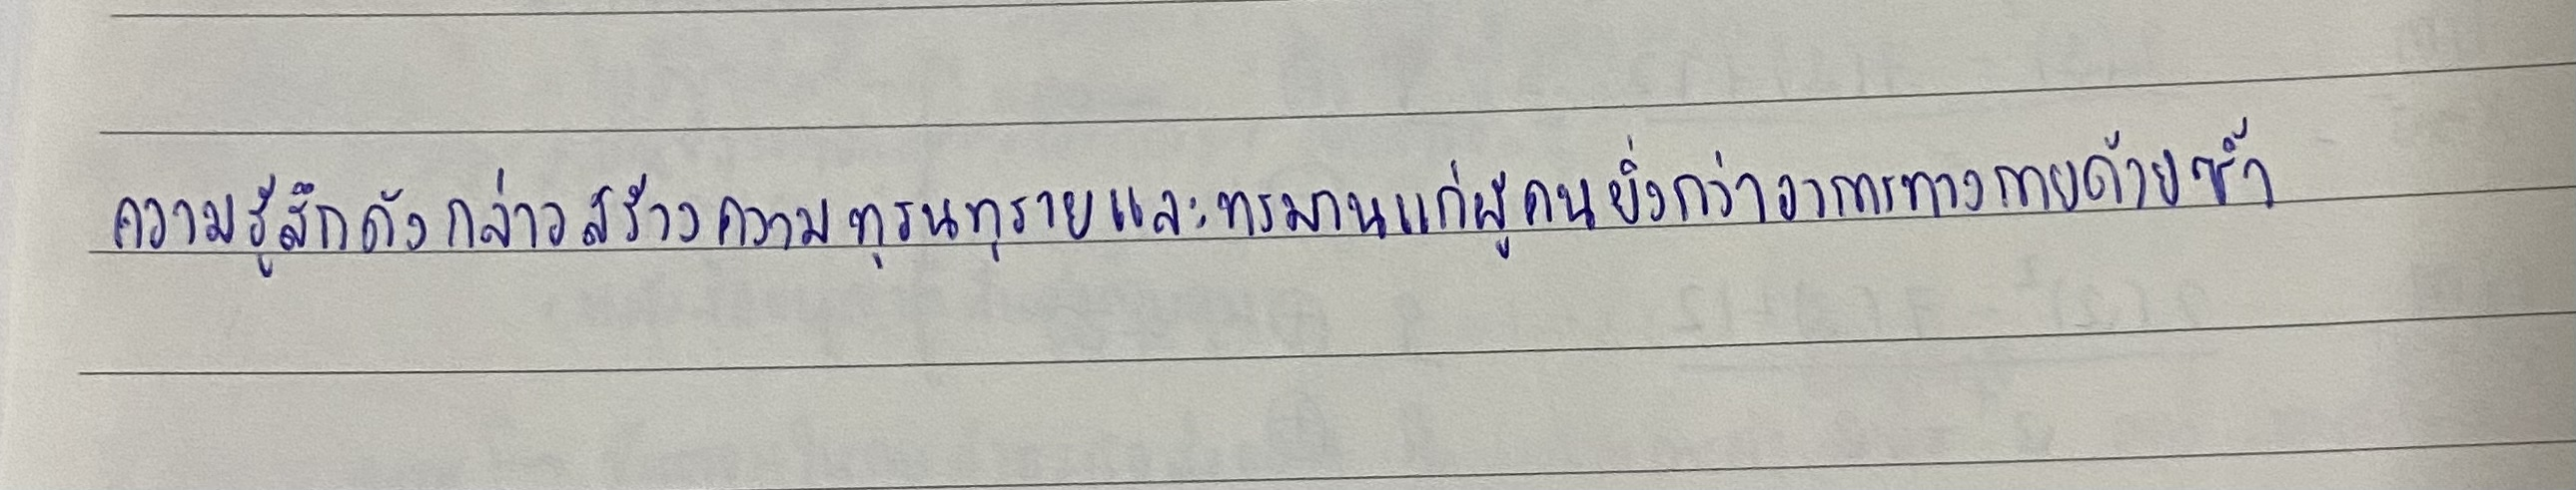
ความรู้สึกดังกล่าวสร้างความทุรนทุรายและทรมานแก่ผู้คนยิ่งกว่าอาการทางกายด้วยซ้ำ